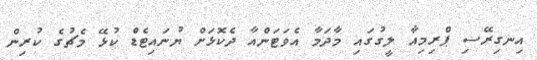
އިނގިރޭސި ޕްރިމިއާ ލީގުގައި މާދަމާ އެވަޓަންއާ ދެކޮޅަށް ޔުނައިޓެޑް ކުޅޭ މެޗުގެ ކުރިން